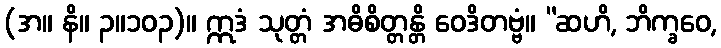
(အ။ နိ။ ၃။၁၀၃)။ ဣဒံ သုတ္တံ အဓိစိတ္တန္တိ ဝေဒိတဗ္ဗံ။ “ဆဟိ, ဘိက္ခဝေ,